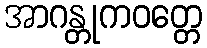
အာဂန္တုကဝတ္တေ